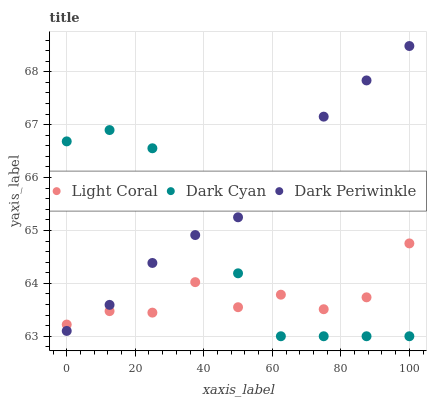
| xaxis_label | Light Coral | Dark Cyan | Dark Periwinkle |
 | --- | --- | --- | --- |
 | 0 | 63.2 | 66.7 | 63.1 |
 | 12.5 | 63.5 | 66.9 | 63.6 |
 | 25 | 63.4 | 66.6 | 64.4 |
 | 37.5 | 64 | 65.7 | 64.9 |
 | 50 | 63.5 | 64.2 | 65.2 |
 | 62.5 | 63.8 | 63 | 65.5 |
 | 75 | 63.5 | 63 | 67.2 |
 | 87.5 | 63.7 | 63 | 67.8 |
 | 100 | 64.8 | 63 | 68.5 |